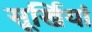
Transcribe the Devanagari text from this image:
सूर्खियां